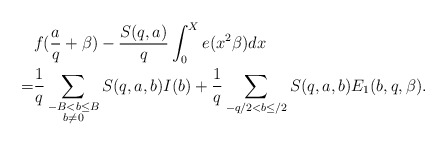
\begin{align*}&f(\frac{a}{q}+\beta)-\frac{S(q,a)}{q}\int_0^Xe(x^2\beta)dx\\=&\frac{1}{q}\sum_{\substack{-B<b\le B\\ b\not=0}}S(q,a,b)I(b)+\frac{1}{q}\sum_{-q/2<b\leq/2}S(q,a,b)E_1(b,q,\beta).\end{align*}